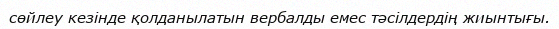
сөйлеу кезінде қолданылатын вербалды емес тәсілдердің жиынтығы.